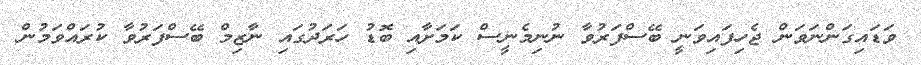
ވަޑައިގަންނަވަން ޖެހިފައިވަނީ ބޭސްފަރުވާ ނުނިމެނީސް ކަމަށާއި ބޮޑު ހަރަދުގައި ނާޒިމް ބޭސްފަރުވާ ކުރައްވަމުން